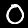
Digit: 0